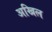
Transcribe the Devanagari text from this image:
अखिल